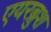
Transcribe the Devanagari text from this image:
एयरब्रुश